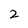
Character: 2